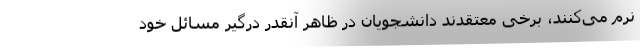
نرم می‌کنند، برخی معتقدند دانشجویان در ظاهر آنقدر درگیر مسائل خود